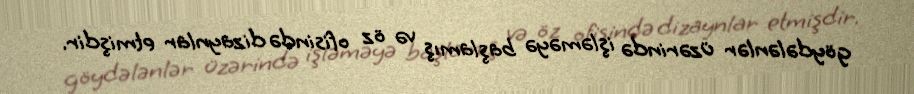
göydələnlər üzərində işləməyə başlamış və öz ofisində dizaynlar etmişdir.